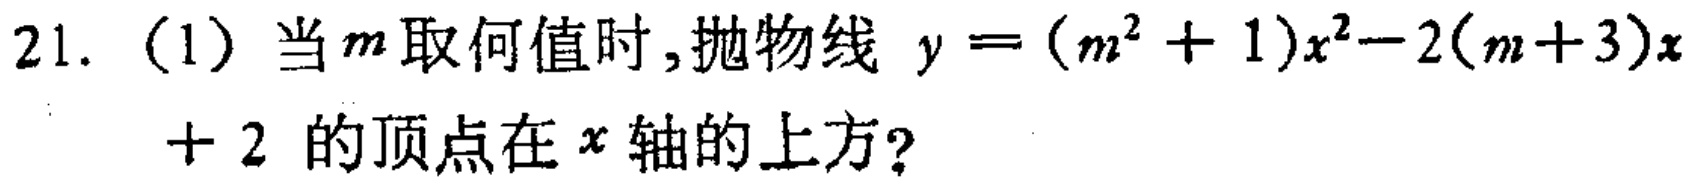
21.（1）当\(m\)取何值时，抛物线\(y = (m^{2}+1)x^{2}-2(m + 3)x+2\)的顶点在\(x\)轴的上方？